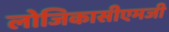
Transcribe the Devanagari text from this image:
लोजिकासीएमजी